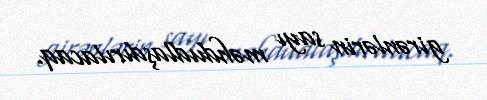
girənlərin sayı məhdudlaşdırılacaq.